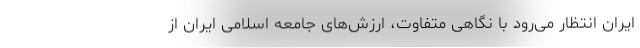
ایران انتظار می‌رود با نگاهی متفاوت، ارزش‌های جامعه اسلامی ایران از